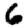
Digit: 6